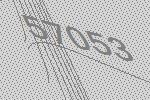
57053